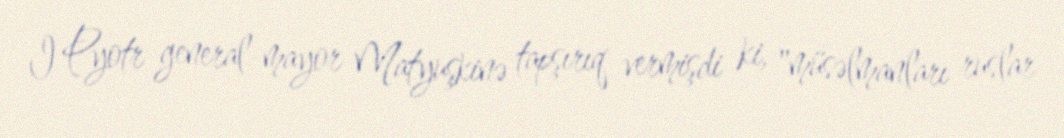
I Pyotr general-mayor Matyuşkinə tapşırıq vermişdi ki, "müsəlmanları ruslar